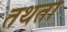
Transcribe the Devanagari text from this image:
तथता